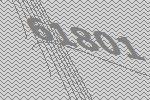
61801